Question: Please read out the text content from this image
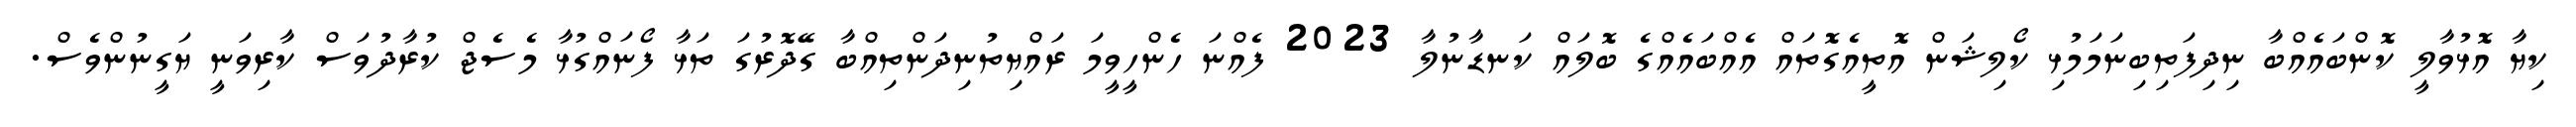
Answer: ކިޔާ އޮޅުވާލީ ކޮންބައެއްބާ ނިދިފަތިބިނަމަމުޅި ކޯލިޝަން އޮތީއެގޮތައް އެއްބައެއްގެ ބޮލައް ކަނޑާނުލާ 2023 ފެއްނަ ހެންހީވީމަ ރައްޔިތުނިދަންތިއްބާ ގޭދޮރުގަ ތަޅާ ފޯނައްގުޅާ މެސެޖް ކުރާދުވަސް ކާރިވަނީ ޔަގީނުންވެސް.